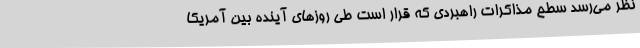
نظر می‌رسد سطح مذاکرات راهبردی که قرار است طی روزهای آینده بین آمریکا